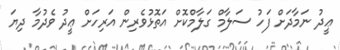
ޢީދު ނަމާދަށް ފަހު ސަލާމް ގަލާމްކޮށް އަތޮޅުވެރިން އަރިހަށް ޢީދު ވެދުމާ ދިޔަ